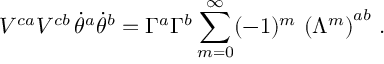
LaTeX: V ^ { c a } V ^ { c b } \, \dot { \theta } ^ { a } \dot { \theta } ^ { b } = \Gamma ^ { a } \Gamma ^ { b } \sum _ { m = 0 } ^ { \infty } ( - 1 ) ^ { m } \, \left( \Lambda ^ { m } \right) ^ { a b } \, .